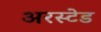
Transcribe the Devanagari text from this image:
अरस्टेड